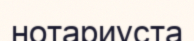
нотариуста